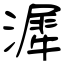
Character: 漽